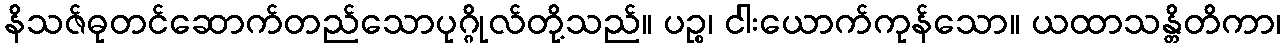
နိသဇ်ဓုတင်ဆောက်တည်သောပုဂ္ဂိုလ်တို့သည်။ ပဉ္စ၊ ငါးယောက်ကုန်သော။ ယထာသန္တိတိကာ၊